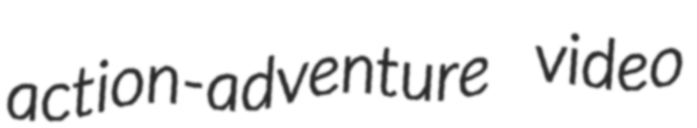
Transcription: action-adventure video